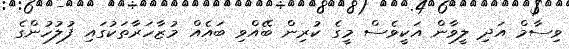
ވިސާމް އަދި ލީވާން އަކީވެސް މީގެ ކުރިން ބޭއްވި ބައެއް މުޒާހަރާތަކުގައި ފުލުހުންގެ